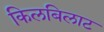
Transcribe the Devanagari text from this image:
किलबिलाट